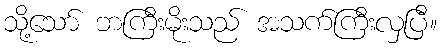
သို့သော် ဘကြီးမိုးသည် အသက်ကြီးလှပြီ။